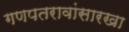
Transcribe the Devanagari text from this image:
गणपतरावांसारखा